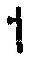
1